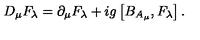
D _ { \mu } F _ { \lambda } = \partial _ { \mu } F _ { \lambda } + i g \left[ B _ { A _ { \mu } } , F _ { \lambda } \right] .